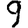
Digit: 9